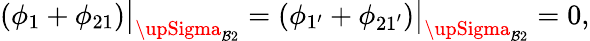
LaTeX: \left(\phi_{1}+\phi_{21}\right)\big|_{{\upSigma}_{\mathcal{B}2}}=\left(\phi_{1^{\prime}}+\phi_{21^{\prime}}\right)\big|_{{\upSigma}_{\mathcal{B}2}}=0,